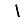
Digit: 1